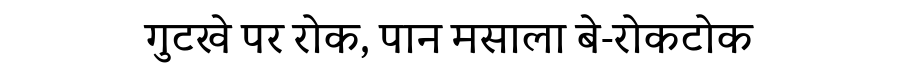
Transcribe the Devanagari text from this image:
गुटखे पर रोक, पान मसाला बे-रोकटोक